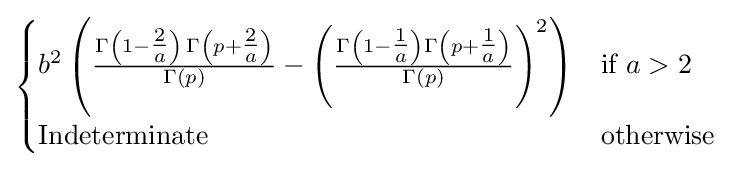
{\begin{cases}{b^{2}}\left({\frac {\Gamma \left(1-{\tfrac {2}{a}}\right)\,\Gamma \left(p+{\tfrac {2}{a}}\right)}{\Gamma \left(p\right)}}-\left({\frac {\Gamma \left(1-{\tfrac {1}{a}}\right)\Gamma \left(p+{\tfrac {1}{a}}\right)}{\Gamma \left(p\right)}}\right)^{2}\right)&{\text{if}}\ a>2\\{\text{Indeterminate}}&{\text{otherwise}}\ \end{cases}}